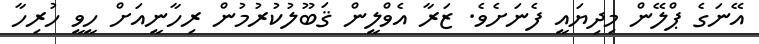
އޭނަގެ ޕްލޭން މިދިޔައީ ފެނަށެވެ. ޒަރާ އެވްލީން ޤަބޫލުކުރުމުން ރިހާނީއަށް ހީވީ ހުރިހާ